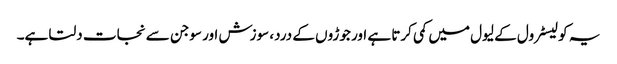
یہ کولیسٹرول کے لیول میں کمی کرتا ہے اور جوڑوں کے درد، سوزش اور سوجن سے نجات دلتا ہے۔